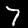
Label: 7